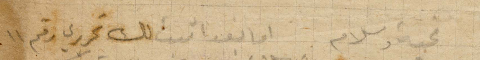
تحية سلام. اما بعد اثبت لك تحريري رقم ١١